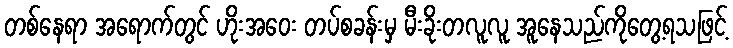
တစ်နေရာ အရောက်တွင် ဟိုးအဝေး တပ်စခန်းမှ မီးခိုးတလူလူ အူနေသည်ကိုတွေ့ရသဖြင့်